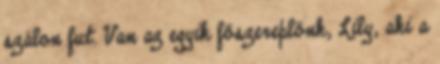
szálon fut. Van az egyik főszereplőnk, Lily, aki a